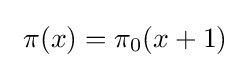
~\pi (x)=\pi _{0}(x+1)~